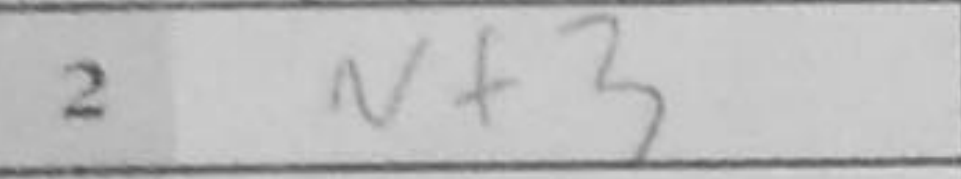
Transcription: Nf3